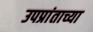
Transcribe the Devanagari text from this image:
उपप्रांताच्या